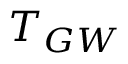
T _ { G W }